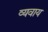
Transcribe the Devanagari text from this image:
व्यवाय